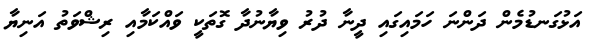
އަޅުގަނޑުމެން ދަންނަ ހަމައިގައި ދީނާ ދުރު ވިޔާނުދާ ގޮތަކީ ވައްކަމާއި ރިޝްވަތު އަނިޔާ